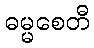
ဓမ္မစေတီ